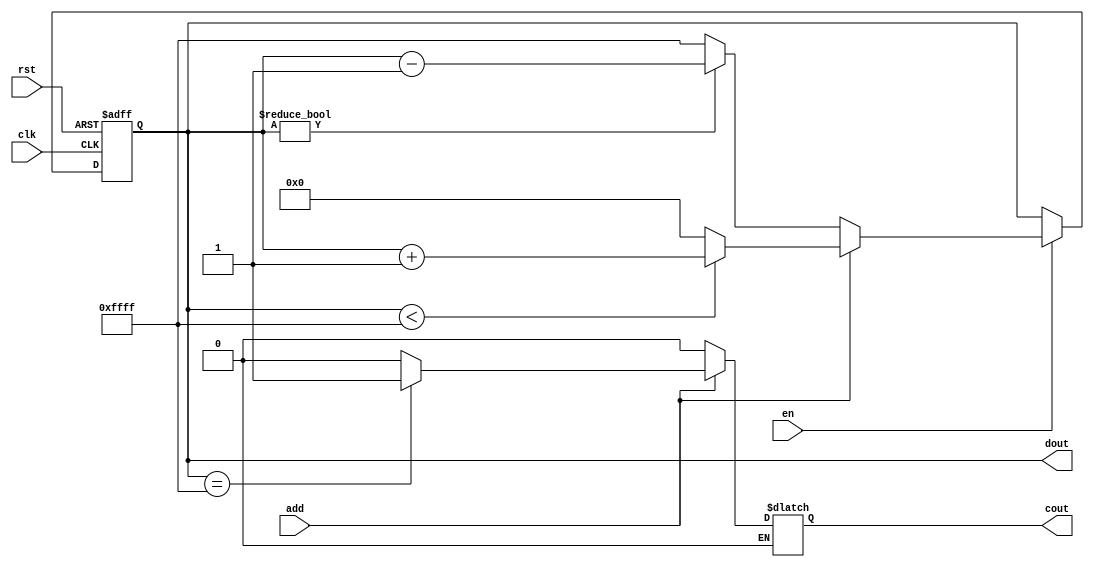

module cnt16(clk,rst,en,cout,dout,add);
  input clk,en,rst,add;
  output [15:0] dout;

  output cout;
  reg [15:0] data;
  reg cout;

always@(posedge clk or negedge rst)
  begin
    if(!rst) data<=0;
    else if(en)
  begin
  if(add==1)
    begin
    if(data<65535) data<=data+1;
    else data<=16'h0000;
    end
  else if(add==0)
    begin
    if(data!=0) data<=data-1;
    else data<=16'hffff;
    end
  end
  end
always@(data)
  begin
    if(add==1)
  begin
      if(data==16'hffff) cout=1'b1;
      else cout=1'b0;
  end
    else if(add==0)  cout=1'b0;
  end
assign dout=data;
endmodule